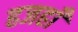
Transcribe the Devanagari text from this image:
हजहाँ